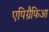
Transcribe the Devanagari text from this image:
एपिग्रैफिआ